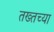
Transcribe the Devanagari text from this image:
तख्तच्या